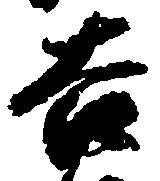
吉